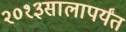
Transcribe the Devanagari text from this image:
२०१३सालापर्यंत